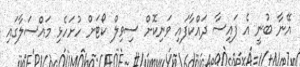
އޭނާ ބުނީ އެ ފައިސާ ދައްކާފައި ވަނިކޮށް ސިވިލް ކޯޓަށް ހުށަހެޅި މައްސަލާގައި